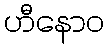
ဟီနောဝ